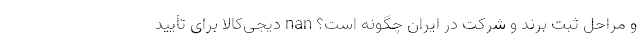
و مراحل ثبت برند و شرکت در ایران چگونه است؟ nan دیجی‌کالا برای تأیید